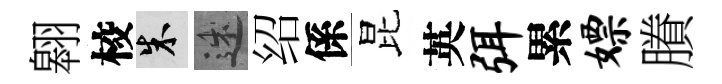
翱校朱述绍係昆英弭累嫖賸